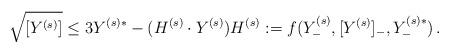
LaTeX: \begin{align*} \sqrt{[Y^{(s)}]} \leq 3 Y^{(s)*} - (H^{(s)}\cdot Y^{(s)}) H^{(s)}:=f(Y_{-}^{(s)},[Y^{(s)}]_{-},Y^{(s)*}_{-}) \, . \end{align*}